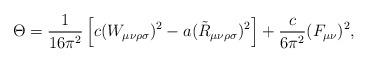
LaTeX: \begin{align*}\Theta={1\over 16\pi^2}\left[c (W_{\mu\nu\rho\sigma})^2-a (\tilde R_{\mu\nu\rho\sigma})^2\right]+{c\over 6\pi^2}(F_{\mu\nu})^2,\end{align*}